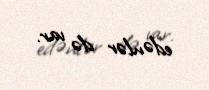
edənlər də var.